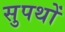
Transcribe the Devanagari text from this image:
सुपथों